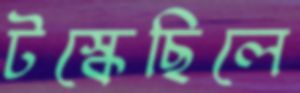
টস্‌কেছিলে